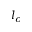
l _ { c }